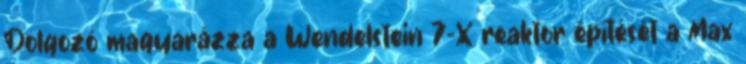
Dolgozó magyarázza a Wendelstein 7-X reaktor építését a Max